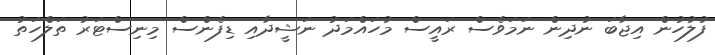
ފުލުހުން އިޖާބަ ނުދިން ނަމަވެސް ރައީސް މުހައްމަދު ނަޝީދާއި ޑިފެންސް މިނިސްޓަރު ތަލްހަތު